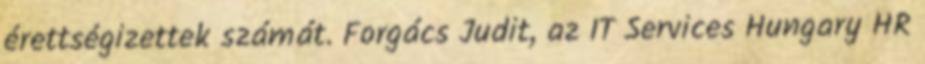
érettségizettek számát. Forgács Judit, az IT Services Hungary HR